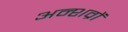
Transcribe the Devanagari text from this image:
अन्शव्रों